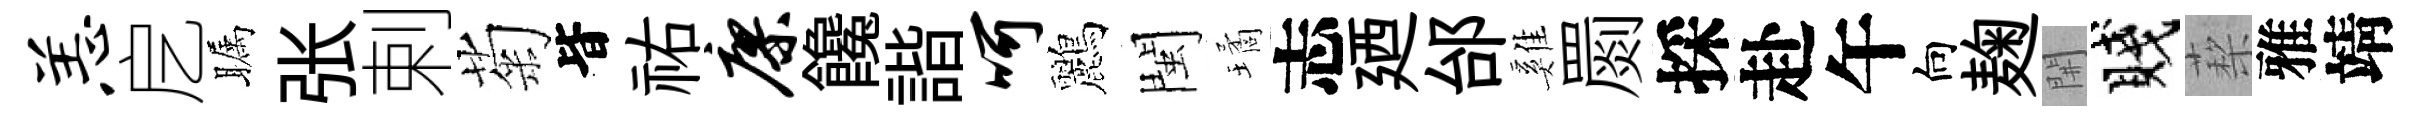
恙戹瞩张剌菊𣅜祐廖饞諧呵鸝閩璚志廼邰雞罽採赴午向麹𨳩賤蔾雅靖